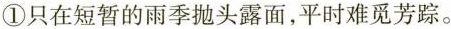
①只在短暂的雨季抛头露面，平时难觅芳踪。